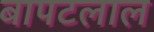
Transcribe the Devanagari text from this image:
बापटलाल